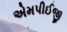
એમપીઈજી